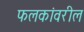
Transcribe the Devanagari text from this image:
फलकांवरील